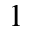
\boldsymbol { 1 }